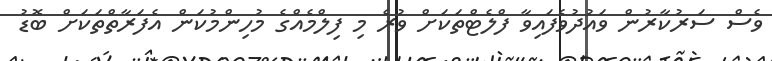
ވެސް ސަރުކާރުން ވައުދުވެފައިވާ ފްލެޓްތަކަށް ވުރެ މި ފިލްމެއްގެ މުހިންމުކަން އެފަރާތްތަކަށް ބޮޑު